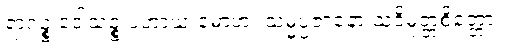
ရာဂဉ္စ ဒေါသဉ္စ ပဟာယ မောဟံ၊ သမ္မပ္ပဇာနော သုဝိမုတ္တစိတ္တော။